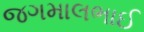
જગમાલભાઈ